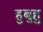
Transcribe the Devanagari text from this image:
हुबुहु